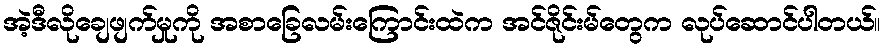
အဲ့ဒီလိုချေဖျက်မှုကို အစာခြေလမ်းကြောင်းထဲက အင်ဇိုင်းမ်တွေက လုပ်ဆောင်ပါတယ်။